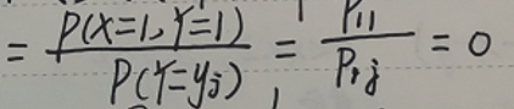
\[
= \frac{P(X = 1, Y = 1)}{P(Y = y_j)} = \frac{p_{11}}{p_{\cdot j}} = 0
\]